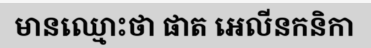
មានឈ្មោះថា ផាត អេលីនកនិកា